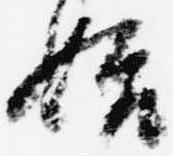
始